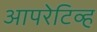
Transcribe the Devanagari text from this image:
आपरेटिव्ह